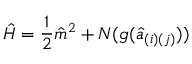
{ \hat { H } } = { \frac { 1 } { 2 } } { \hat { m } } ^ { 2 } + N ( g ( { \hat { a } } _ { ( i ) ( j ) } ) )